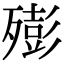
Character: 㱶